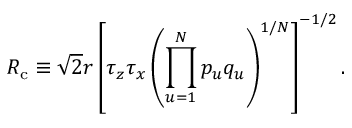
R _ { \mathrm { c } } \equiv \sqrt { 2 } r \left[ \tau _ { z } \tau _ { x } \left( \prod _ { u = 1 } ^ { N } p _ { u } q _ { u } \right) ^ { 1 / N } \right] ^ { - 1 / 2 } .